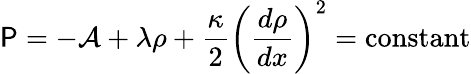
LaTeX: \mathsf{P}=-\mathcal{{A}}+\lambda\rho+\frac{{\kappa}}{{2}}\left(\frac{{d\rho}}{{dx}}\right)^{2}=\mathrm{{constant}}